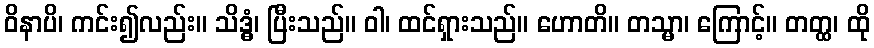
ဝိနာပိ၊ ကင်း၍လည်း။ သိဒ္ဓံ၊ ပြီးသည်။ ဝါ၊ ထင်ရှားသည်။ ဟောတိ။ တသ္မာ၊ ကြောင့်။ တတ္ထ၊ ထို